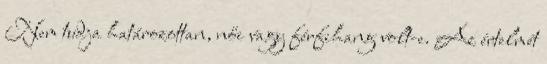
Nem tudja határozottan, női vagy férfihang volt-e. Az értelmét